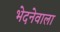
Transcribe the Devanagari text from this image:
भेदनेवाला